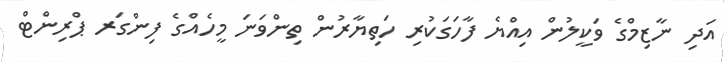
އަދި ނާޒިމްގެ ވަކީލުން އިއްޔެ ފާހަގަކުރި ހަތިޔާރުން ތިންވަަނަ މީހެއްގެ ފިންގަރ ޕްރިންޓް